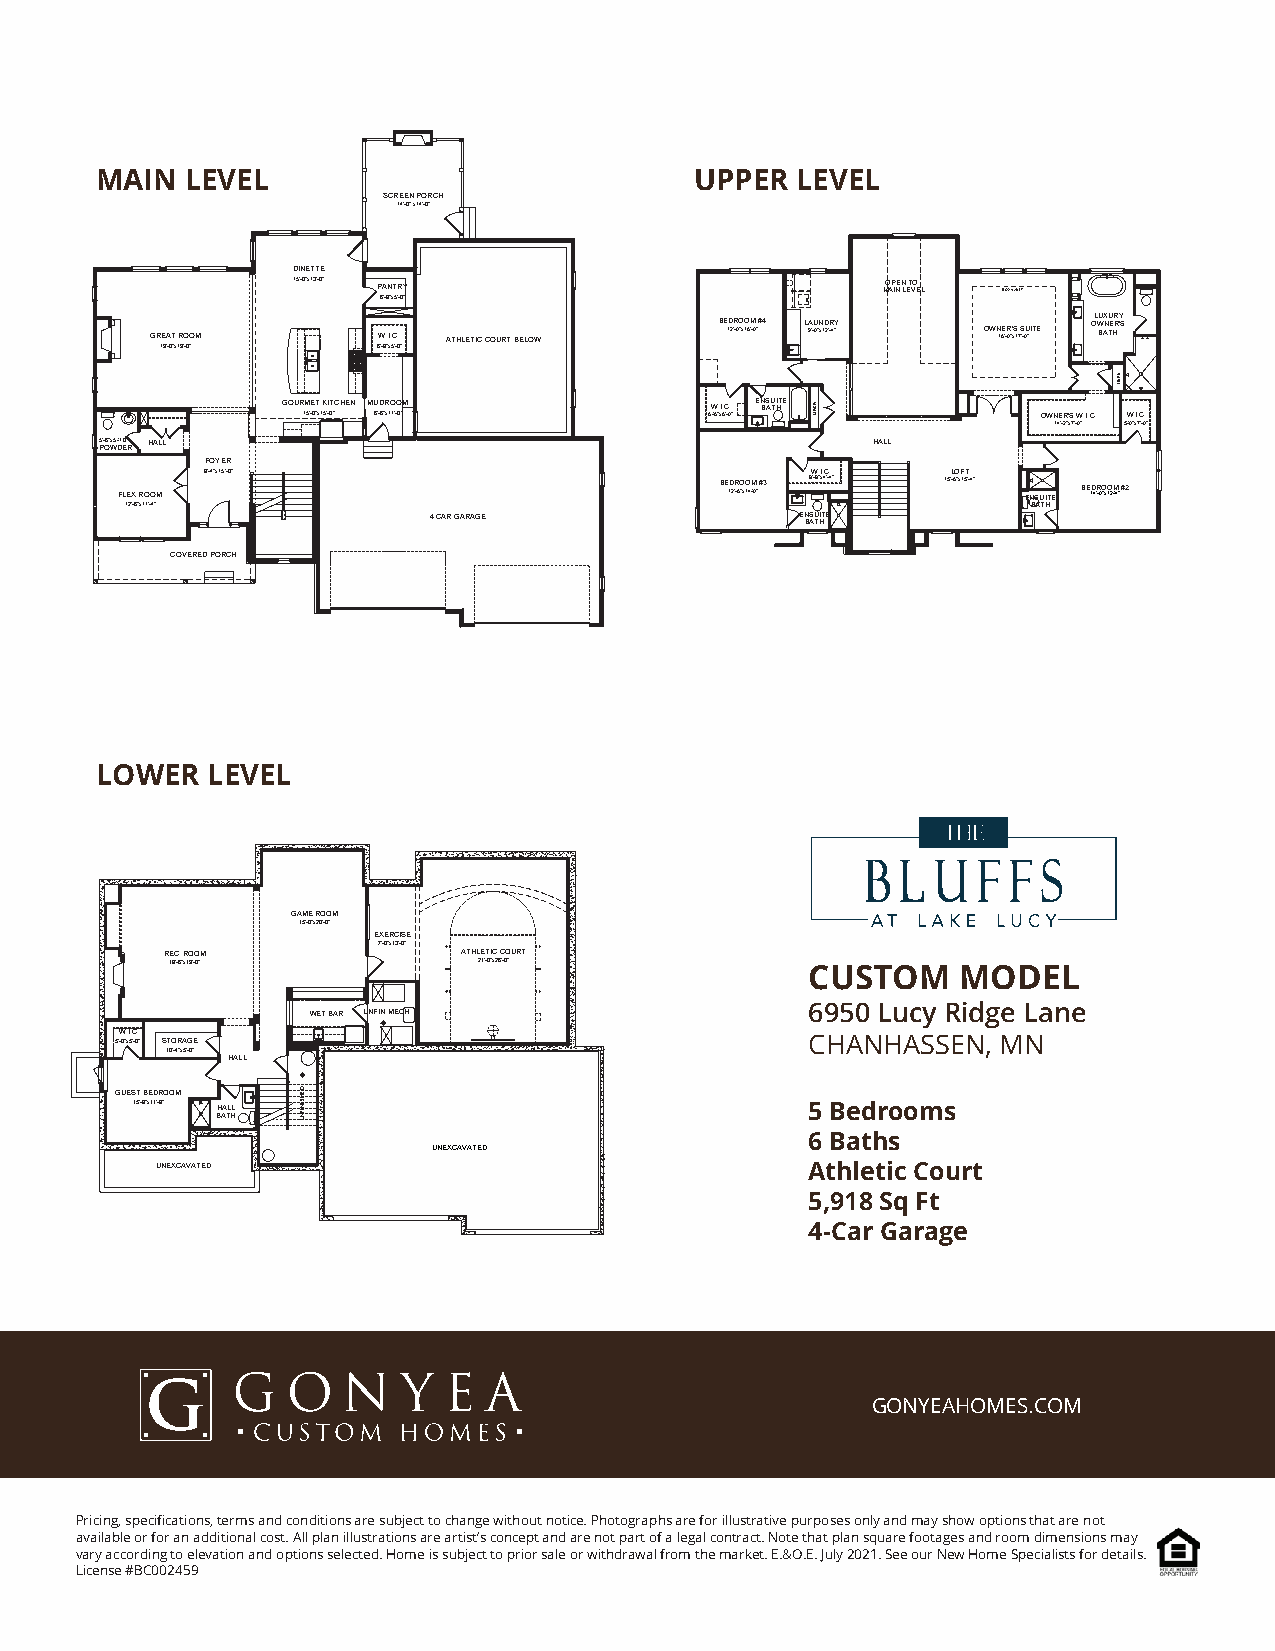
MAIN  LEVEL                             UPPER  LEVEL
 SCREEN PORCH
 14'-0" x14'-0"
 DINETTE
 15'-0"x13'-0" PANTRY                   MO AP INE N L ET VO E L BOX VAULT
 6'-8"x5'-0"
 GREAT ROOM     W.I.C. ATHLETIC COURT BELOW BE 1D 2'R -0O "x1O 6'M -0" #4 L 9A '-U 0"N x1D 2'R -4"Y OWN 16E '-R 0"' xS 17 S '-0U "ITE OL WU BAX N TU E HR RY 'S
 19'-0"x19'-0" 6'-8"x5'-0"
 GOURMET KITCHEN MUDROOM     W.I.C. EN BS AU TI HTE
 15'-0"x15'-0" 6'-6"x11'-0" 6'-6"x6'-0"           OWNER'S W.I.C. W.I.C.
 14'-2"x7'-0" 5'-0"x7'-0"
 P5'- O6" Wx5' D-1 E0" R HALL                       HALL
 FOYER
 FLEX ROOM
 8'-4"x15'-0"
 BE 1D 2'R -6O "x1O 4'M -0" #3
 8W'-8."Ix.4C'-4." 15'L -6O "xF 15T
 '-4" ENSUITE BE1D4'R-0O"x1O2'M-4" #2
 12'-6"x11'-4"                                               BATH
 4 CAR GARAGE             EN BS AU TI HTE
 COVERED PORCH
 LOWER   LEVEL
 GAME ROOM
 15'-0"x20'-0"
 EXERCISE
 7'-0"x13'-0"
 REC. ROOM           ATHLETIC COURT
 18'-6"x19'-0"        21'-0"x26'-0"         CUSTOM    MODEL
 6950 Lucy Ridge Lane
 WET BAR UNFIN MECH.
 5'W -0". xI 5.C '-0. " STORAGE                CHANHASSEN, MN
 10'-4"x5'-0"
 HALL
 GUEST BEDROOM
 15'-8"x11'-8" HALL                           5 Bedrooms
 BATH
 6 Baths
 UNEXCAVATED
 UNEXCAVATED                                 Athletic Court
 5,918 Sq Ft
 4-Car Garage
 GONYEAHOMES.COM
 Pricing, specifications, terms and conditions are subject to change without notice. Photographs are for illustrative purposes only and may show options that are not
 available or for an additional cost. All plan illustrations are artist’s concept and are not part of a legal contract. Note that plan square footages and room dimensions may
 vary according to elevation and options selected. Home is subject to prior sale or withdrawal from the market. E.&O.E. July 2021. See our New Home Specialists for details.
 License #BC002459
 DEHSINIFNU
 NENIL
 NENIL